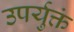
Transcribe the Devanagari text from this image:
उपर्युक्तं